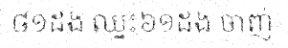
៨១ដង ឈ្នះ៦១ដង ចាញ់